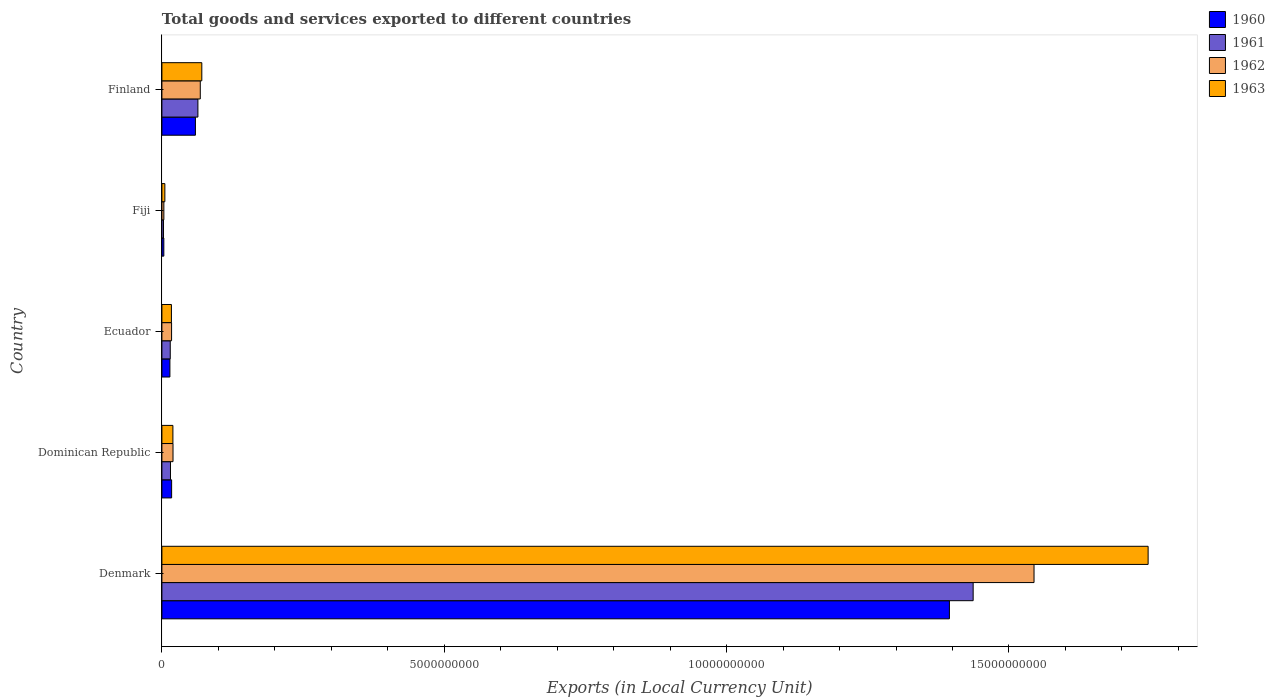
| Country | 1960 | 1961 | 1962 | 1963 |
 | --- | --- | --- | --- | --- |
 | Denmark | 1.39e+10 | 1.44e+10 | 1.54e+10 | 1.75e+10 |
 | Dominican Republic | 1.72e+08 | 1.52e+08 | 1.97e+08 | 1.95e+08 |
 | Ecuador | 1.42e+08 | 1.48e+08 | 1.71e+08 | 1.69e+08 |
 | Fiji | 3.4e+07 | 2.85e+07 | 3.48e+07 | 5.25e+07 |
 | Finland | 5.94e+08 | 6.38e+08 | 6.8e+08 | 7.07e+08 |